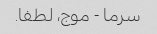
سرما - موج، لطفا.